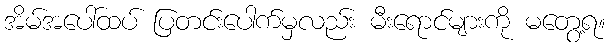
အိမ်အပေါ်ထပ် ပြတင်းပေါက်မှလည်း မီးရောင်များကို မတွေ့ရ။